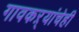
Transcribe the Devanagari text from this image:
गावकऱ्यांचेही